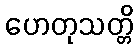
ဟေတုသတ္တိ